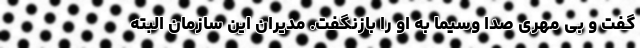
گفت و بی مهری صدا وسیما به او را بازنگفت. مدیران این سازمان البته